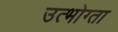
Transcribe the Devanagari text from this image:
उत्भोग्ता